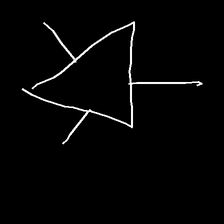
Glyph: fire